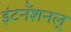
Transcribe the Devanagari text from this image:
इंटर्नॅशनल्